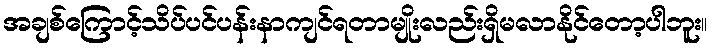
အချစ်ကြောင့်သိပ်ပင်ပန်းနာကျင်ရတာမျိုးလည်းရှိမလာနိုင်တော့ပါဘူး။